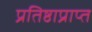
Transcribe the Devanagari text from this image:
प्रतिष्ठाप्राप्त